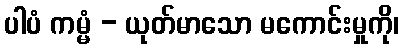
ပါပံ ကမ္မံ - ယုတ်မာသော မကောင်းမှုကို၊